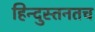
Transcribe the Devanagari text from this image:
हिन्दुस्तनतच